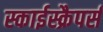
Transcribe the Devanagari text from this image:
स्काईस्क्रैपर्स